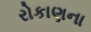
રોકાણના